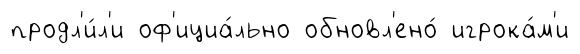
продл'и́л'и оф'ициа́льно обновл'ено́ игрока́м'и